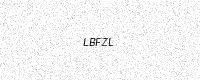
Text: LBFZL